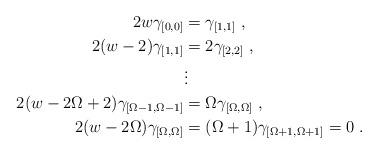
LaTeX: \begin{align*} 2w \gamma_{[0,0]} &= \gamma_{[1,1]}\;, \\ 2(w-2) \gamma_{[1,1]} &= 2 \gamma_{[2,2]}\;, \\ & \vdots \\2(w-2 \Omega+2) \gamma_{[\Omega-1,\Omega-1]} &= \Omega \gamma_{[\Omega,\Omega]}\;, \\ 2(w-2\Omega) \gamma_{[\Omega,\Omega]} &= (\Omega+1) \gamma_{[\Omega+1,\Omega+1]} = 0 \;. \end{align*}